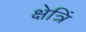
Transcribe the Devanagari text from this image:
क्षेत्रिं